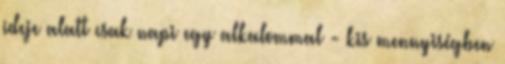
ideje alatt csak napi egy alkalommal - kis mennyiségben